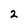
Character: 2